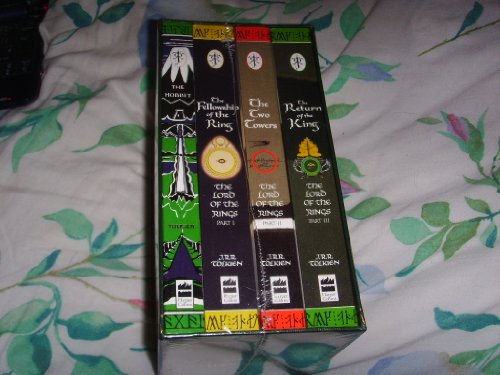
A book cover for The Lord of the Rings / the Hobbit: Box Set; J. R. R. Tolkien; Humor & Entertainment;